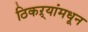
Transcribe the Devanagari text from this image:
ठिकऱ्यांमधून